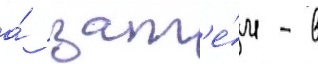
а́ зат'е́м - в